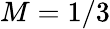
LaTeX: M=1/3